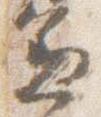
兼